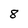
Character: 8